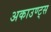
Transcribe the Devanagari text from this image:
अकाउण्ट्स